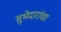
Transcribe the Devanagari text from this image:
सुभेदारांचा